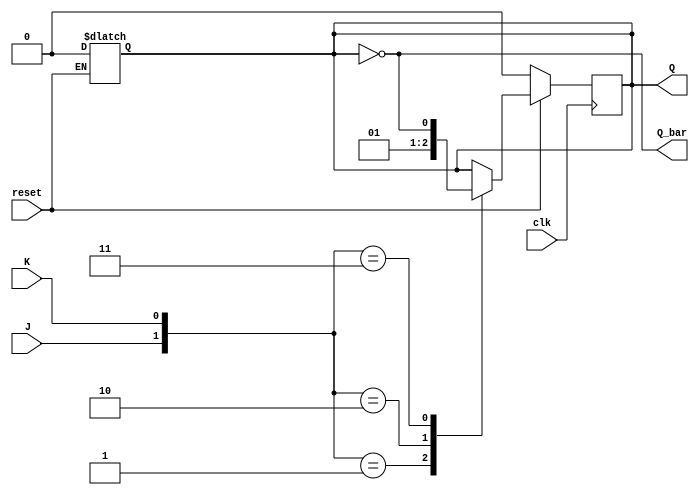
module jk_ff(clk, reset,J, K, Q, Q_bar);
	input clk, reset;
	input J,K;
	output Q_bar;
	output reg Q;

	assign Q_bar = ~Q;

	always @(reset)
		if(!reset)	
			Q <=0;

	always @(posedge clk) begin
		if(!reset)
			Q <= 0;
		else begin
			case({J,K})
				2'b00: ; //no change
				2'b01:	Q <= 0;
				2'b10:	Q <= 1;
				2'b11:  Q <= ~Q;
			endcase
		end
	end

endmodule